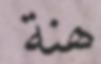
ھنة